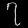
Digit: ၇